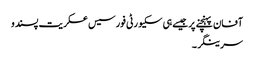
آفان پہنچنے پر جیسے ہی سکیورٹی فورسیس عسکریت پسندو
سرینگر ۔